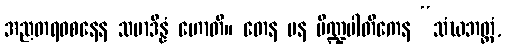
အညတရဝစနေန သမာဒိန္နံ ဟောတိ။ တေန ပန ပိဏ္ဍပါတိကေန “သံဃဘတ္တံ,